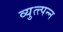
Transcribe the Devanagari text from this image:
व्युत्त्पन्न